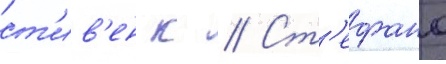
ст'ив'ен к // Ст'ефано